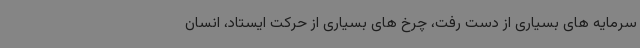
سرمایه های بسیاری از دست رفت، چرخ های بسیاری از حرکت ایستاد، انسان